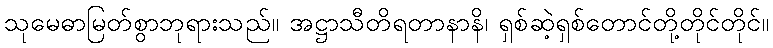
သုမေဓာမြတ်စွာဘုရားသည်။ အဋ္ဌာသီတိရတာနာနိ၊ ရှစ်ဆဲ့ရှစ်တောင်တို့တိုင်တိုင်။